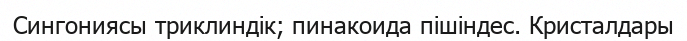
Сингониясы триклиндік; пинакоида пішіндес. Кристалдары